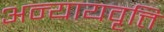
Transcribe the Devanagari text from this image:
अन्यायवृत्ति